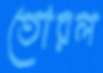
তোরল